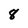
Character: 8